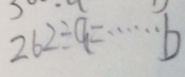
2 6 2 \div a = \cdots b